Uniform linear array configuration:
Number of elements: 12
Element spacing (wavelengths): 1
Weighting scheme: cosine
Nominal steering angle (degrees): -30
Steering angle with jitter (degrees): -28.536
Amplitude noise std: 0.05
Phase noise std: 0.05

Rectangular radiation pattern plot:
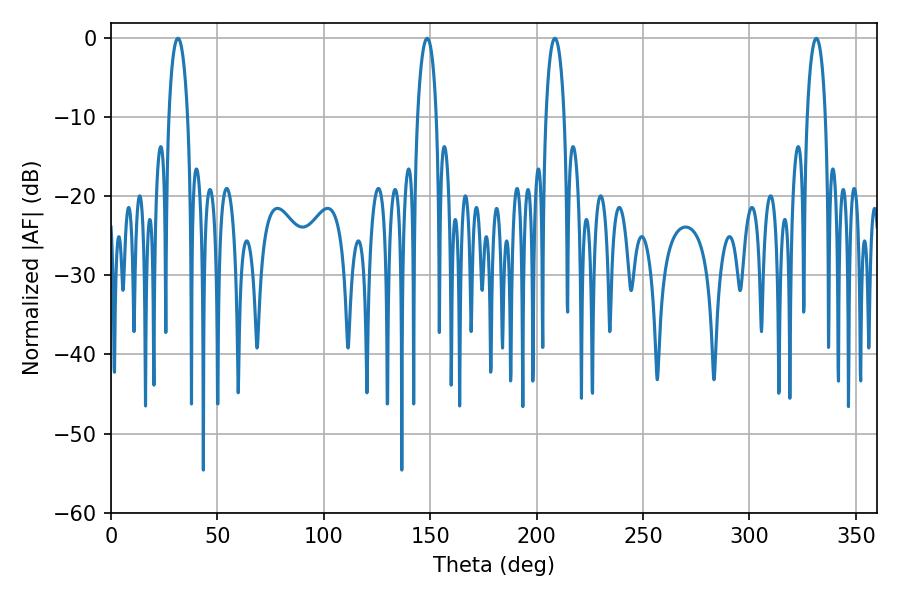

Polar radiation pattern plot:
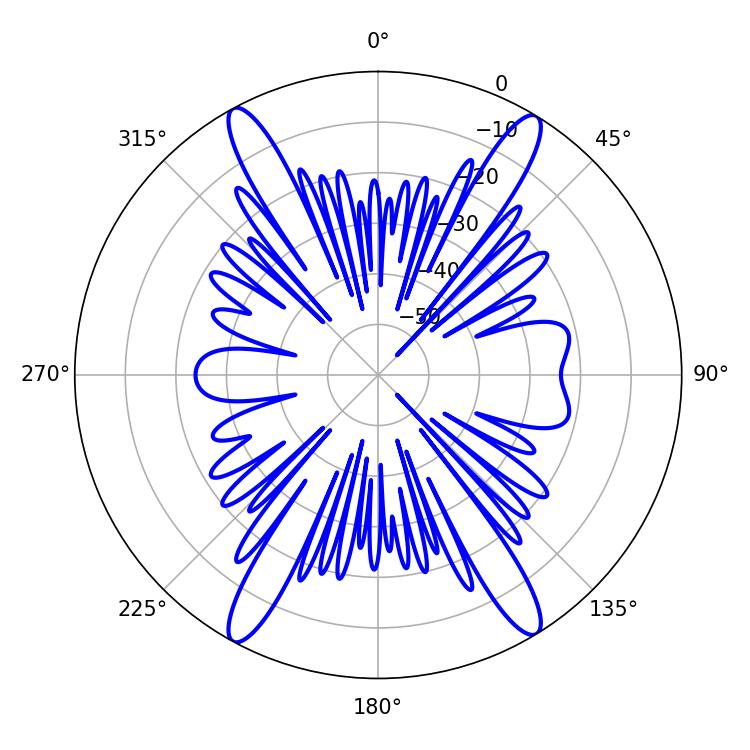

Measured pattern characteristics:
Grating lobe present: TRUE
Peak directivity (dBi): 22.042
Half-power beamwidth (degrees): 4.86
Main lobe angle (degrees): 208.62